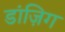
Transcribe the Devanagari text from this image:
डांज़िग